Annual administration report of the Civil Veterinary Department of India - 1896-1897
Year: 1896
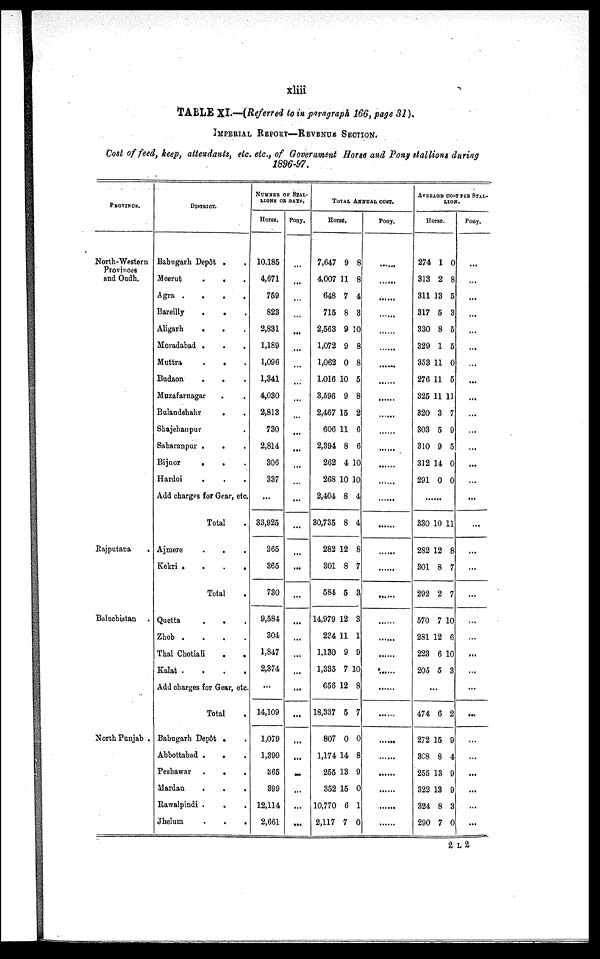
xliii
TABLE XI.—(Referred to in paragraph 166, page 31).
IMPERIAL REPORT—REVENUE SECTION.
Cost of feed, keep, attendants, etc. etc., of Government Horse and Pony stallions during
1896-97.
PROVINCE.
North-Western
Provinces
and Oudh.
Rajputana
.
Baluchistan
North Punjab .
DISTRICT.
Babugarh Depôt . .
Meerut
.
. .
Agra .
.
.
.
Bareilly
. . .
Aligarh . . .
Moradabad . . .
Muttra
.
. .
Budaon
.
. .
Muzafarnagar . .
Bulandshahr
. .
Shajehanpur .
Saharanpur .
. .
Bijnor
.
. .
Hardoi
. . .
Add charges for Gear, etc.
Total
Ajmere . . .
Kekri .
.
.
.
Total
Quetta
.
. .
Zhob .
.
.
.
Thal Chotiali . .
Kalat .
.
.
.
Add charges for Gear, etc.
Total
Babugarh Depôt . .
Abbottabad .
. .
Peshawar .
.
.
Mardan
Rawalpindi . . .
Jhelum
.
.
.
NUMBER OF STAL-
LIONS OR DAYS.
Horse.
10,185
4,671
759
823
2,831
1,189
1,096
1,341
4,030
2,813
730
2,814
306
337
...
33,925
365
365
730
9,584
304
1,847
2,374
...
14,109
1,079
1,390
365
399
12,114
2,661
Pony.
...
...
...
...
...
...
...
...
...
...
...
...
...
...
...
...
...
...
...
...
...
...
...
...
...
...
...
...
...
...
...
TOTAL ANNUAL COST.
Horse.
7,647 9 8
4,007 11 8
648 7 4
715 8 3
2,563 9 10
1,072 9 8
1,062 0 8
1,016 10 5
3,596 9 8
2,467 15 2
606 11 6
2,394 8 6
262 4 10
268 10 10
2,404 8 4
30,735 8 4
282 12 8
301 8 7
584 5 3
14,979 12 3
234 11 1
1,130 9 9
1,335 7 10
656 12 8
18,337 5 7
807 0 0
1,174 14 8
255 13 9
352 15 0
10,770 6 1
2,117 7 0
Pony.
......
......
......
......
......
......
......
......
......
......
......
......
......
......
......
......
......
......
......
......
......
......
......
......
......
......
......
......
AVERAGE COST PER STAL-
LION.
Horse.
274 1 0
313 2 8
311 13 5
317 5 3
330 8 5
329 1 5
353 11 0
276 11 5
325 11 11
320 3 7
303 5 9
310 9 5
312 14 0
291 0 0
...
330 10 11
282 12 8
301 8 7
292 2 7
570 7 10
281 12 6
223 6 10
205 5 3
...
474 6 2
272 15 9
308 8 4
255 13 9
322 13 9
324 8 3
290 7 0
Pony.
...
...
...
...
...
...
...
...
...
...
...
...
...
...
...
...
...
...
...
...
...
...
...
...
...
...
...
...
...
...
...
2 L 2